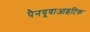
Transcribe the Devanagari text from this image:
पैनयूवाआइटिक